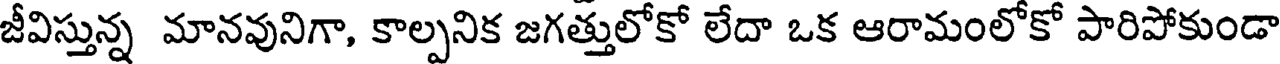
జీవిస్తున్న మానవునిగా, కాల్పనిక జగత్తులోకో లేదా ఒక ఆరామంలోకో పారిపోకుండా